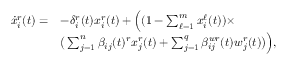
\begin{array} { r l } { \scriptsize \dot { x } _ { i } ^ { r } ( t ) = } & { - \delta _ { i } ^ { r } ( t ) x _ { i } ^ { r } ( t ) + \Big ( ( 1 - \textstyle \sum _ { \ell = 1 } ^ { m } x _ { i } ^ { \ell } ( t ) ) \times } \\ & { \big ( \textstyle \sum _ { j = 1 } ^ { n } \beta _ { i j } ( t ) ^ { r } x _ { j } ^ { r } ( t ) + \textstyle \sum _ { j = 1 } ^ { q } \beta _ { i j } ^ { w r } ( t ) w _ { j } ^ { r } ( t ) \big ) \Big ) , } \end{array}